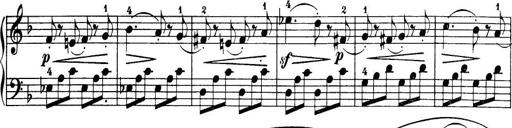
Title: 32 Sonatinas and Rondos for the Piano
Composer: Richard Kleinmichel